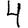
Digit: 4